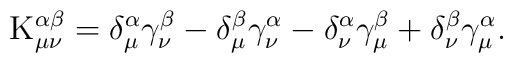
{\rm K}_{\mu \nu }^{\alpha \beta }=\delta _\mu ^\alpha \gamma _\nu ^\beta-\delta _\mu ^\beta \gamma _\nu ^\alpha -\delta _\nu ^\alpha \gamma _\mu^\beta +\delta _\nu ^\beta \gamma _\mu ^\alpha .